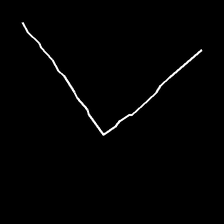
Glyph: region